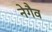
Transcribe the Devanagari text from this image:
नेगैव